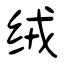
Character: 绒